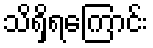
သိရှိရကြောင်း